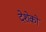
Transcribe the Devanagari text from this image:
देशेको